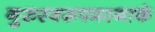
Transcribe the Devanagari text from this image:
गुरुस्वरूपमस्माकं